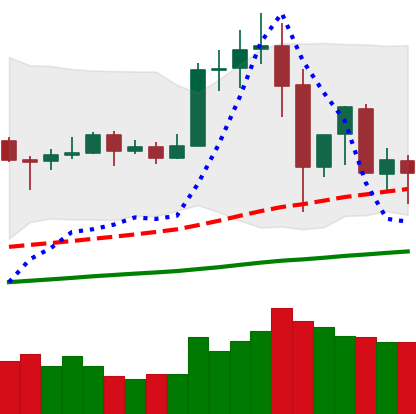
Ticker: TRX-USD
Chart end date: 2019-07-02
Forward return: 9.354%
Label: up_7plus